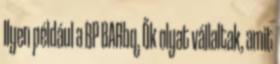
Ilyen például a BP BARbq. Ők olyat vállaltak, amit